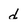
Character: d